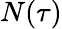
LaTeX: N(\tau)